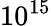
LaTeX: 10^{15}